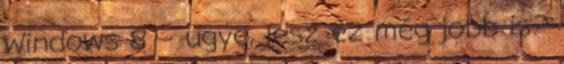
Windows 8 – ugye, lesz ez még jobb is?